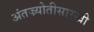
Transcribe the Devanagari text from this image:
अंतज्र्योतीसारखी